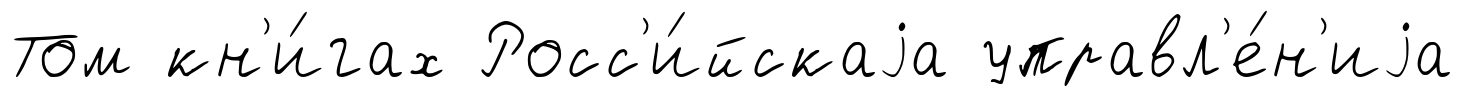
Том кн'и́гах Росс'и́йскаjа управл'е́н'иjа